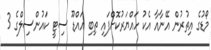
މޯޑުގެ އިތުރުން އޭނާއާ އެކު ހައްޔަރުކޮށްފައި ތިބި އައްޑޫ ސިޓީ ކައުންސިލްގެ 3